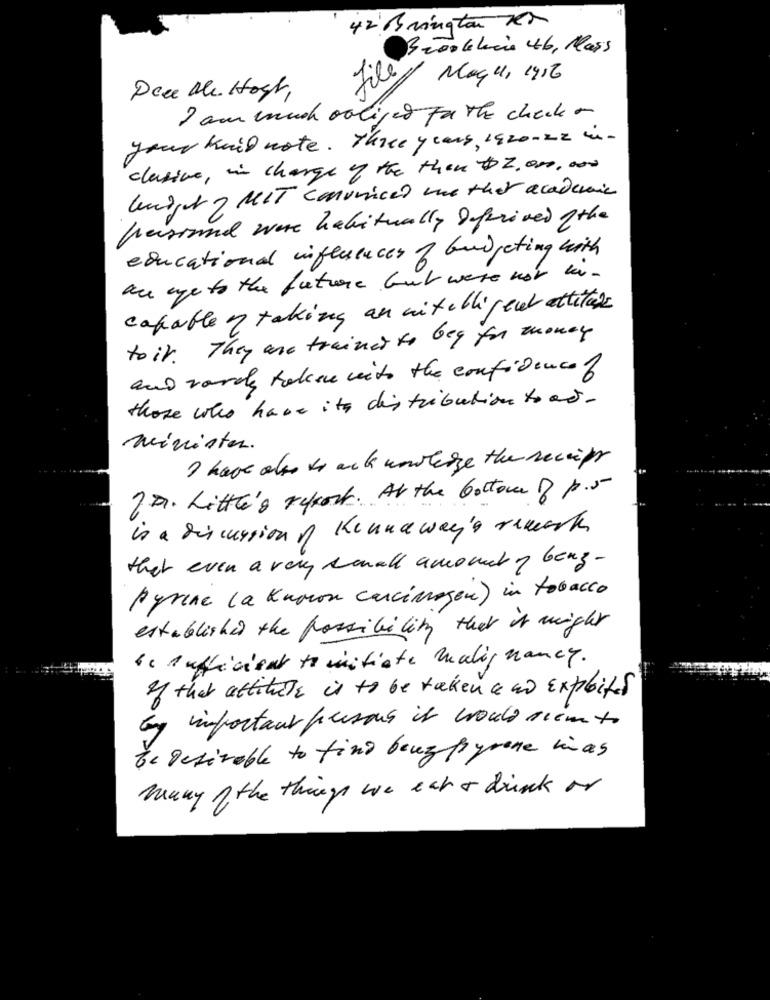
42 Brington RD
Brookelucie 46, Mais
File
Mag 4, 1916
Peee Me. Host,
I am much voliper Fr the check-
your kuil note. Three years, 1920-22 in-
clusive, in charge of the then $2.00.w.
knight ? MIT convinced me that academic
personal were habitually Deprived ofthe
educational influences of budgeting with
ane age to the future but were not un.
capable y taking an nintelligent attitude
toit . They are trainers to bey for money
and vardy taken with the confidencef
those who have it distribution toad .
minister.
I have also to ack nowhere the receipt
20. Little's report. At the bottom of p.5
is a discussion of Kunna way's remark
that even a very small amount y benz-
pyrene (a Known carcinogen) in tobacco
established the possibility that it might
be sufficient to initiate Malig nancy.
of that attitude is to be taken a no Expbits
by important persons it would seem to
be Desirable to find brug pyrone ias
many of the things we eat & drink or